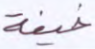
خيفة